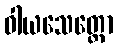
ဝါယသေတ္တော